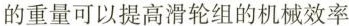
的重量可以提高滑轮组的机械效率